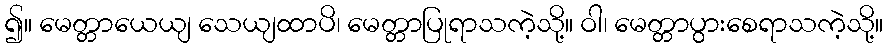
၍။ မေတ္တာယေယျ သေယျထာပိ၊ မေတ္တာပြုရာသကဲ့သို့။ ဝါ၊ မေတ္တာပွားစေရာသကဲ့သို့။